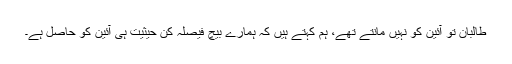
طالبان تو آئین کو نہیں مانتے تھے، ہم کہتے ہیں کہ ہمارے بیچ فیصلہ کن حیثیت ہی آئین کو حاصل ہے۔